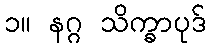
၁။ နဂ္ဂ သိက္ခာပုဒ်